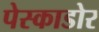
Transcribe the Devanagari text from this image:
पेस्काडोर